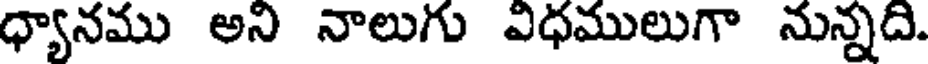
ధ్యానము అని నాలుగు విధములుగా నున్నది.